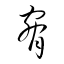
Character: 脅